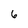
Character: 6